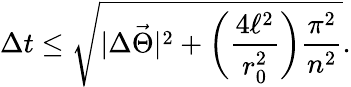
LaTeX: \Delta t\leq\sqrt{|\Delta\vec{\Theta}|^{2}+\biggl(\frac{4\ell^{2}}{r_{0}^{2}}\biggr)\frac{\pi^{2}}{n^{2}}}.